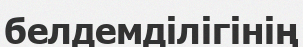
белдемділігінің